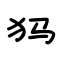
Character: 犸